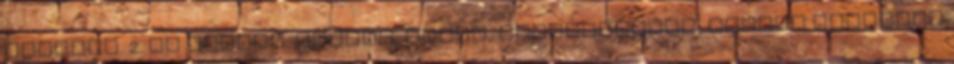
zúzmara. 2. Új szavak: csengő, tipeg, pehelykönnyű, legyez Hirtelen